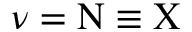
\nu = \Nu \equiv \Chi